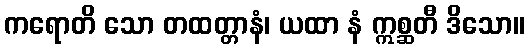
ကရောတိ သော တထတ္တာနံ၊ ယထာ နံ ဣစ္ဆတီ ဒိသော။